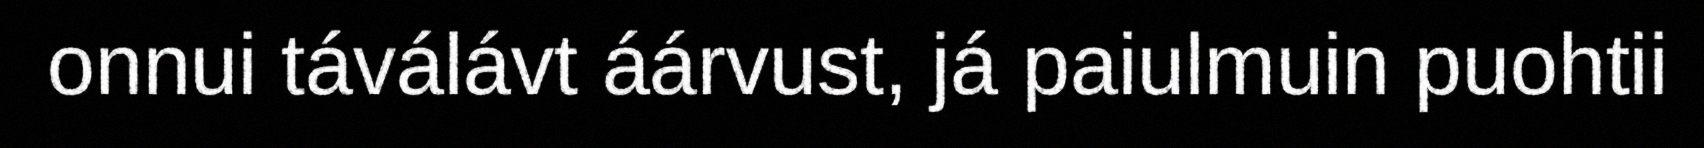
onnui táválávt áárvust, já paiulmuin puohtii